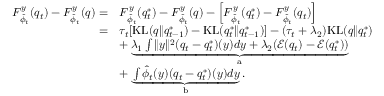
\begin{array} { r l } { F _ { \hat { \phi } _ { t } } ^ { y } ( q _ { t } ) - F _ { \hat { \phi } _ { t } } ^ { y } ( q ) = } & { F _ { \hat { \phi } _ { t } } ^ { y } ( q _ { t } ^ { * } ) - F _ { \hat { \phi } _ { t } } ^ { y } ( q ) - \left[ F _ { \hat { \phi } _ { t } } ^ { y } ( q _ { t } ^ { * } ) - F _ { \hat { \phi } _ { t } } ^ { y } ( q _ { t } ) \right] } \\ { = } & { \tau _ { t } [ \mathrm { K L } ( q \| q _ { t - 1 } ^ { * } ) - \mathrm { K L } ( q _ { t } ^ { * } \| q _ { t - 1 } ^ { * } ) ] - ( \tau _ { t } + \lambda _ { 2 } ) \mathrm { K L } ( q \| q _ { t } ^ { * } ) } \\ & { + \underbrace { \lambda _ { 1 } \int \| y \| ^ { 2 } ( q _ { t } - q _ { t } ^ { * } ) ( y ) d y + \lambda _ { 2 } ( \mathcal { E } ( q _ { t } ) - \mathcal { E } ( q _ { t } ^ { * } ) ) } _ { \mathrm { a } } } \\ & { + \underbrace { \int \hat { \phi } _ { t } ( y ) ( q _ { t } - q _ { t } ^ { * } ) ( y ) d y } _ { \mathrm { b } } . } \end{array}